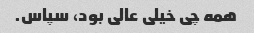
همه چی خیلی عالی بود، سپاس.